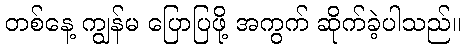
တစ်နေ့ ကျွန်မ ပြောပြဖို့ အကွက် ဆိုက်ခဲ့ပါသည်။